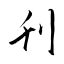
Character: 刋